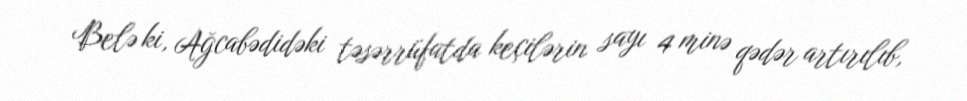
Belə ki, Ağcabədidəki təsərrüfatda keçilərin sayı 4 minə qədər artırılıb,